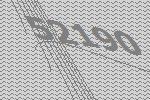
52190